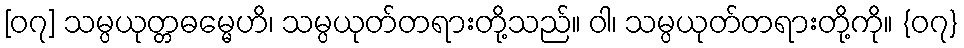
[၀၇] သမ္ပယုတ္တဓမ္မေဟိ၊ သမ္ပယုတ်တရားတို့သည်။ ဝါ၊ သမ္ပယုတ်တရားတို့ကို။ {၀၇}